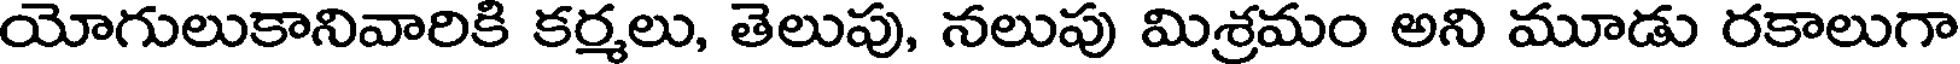
యోగులుకానివారికి కర్మలు, తెలుపు, నలుపు మిశ్రమం అని మూడు రకాలుగా